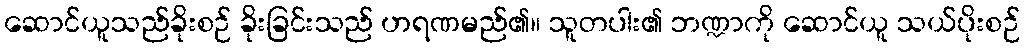
ဆောင်ယူသည်ခိုးစဉ် ခိုးခြင်းသည် ဟရဏမည်၏။ သူတပါး၏ ဘဏ္ဍာကို ဆောင်ယူ သယ်ပိုးစဉ်